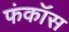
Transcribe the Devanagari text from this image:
फंकॉस